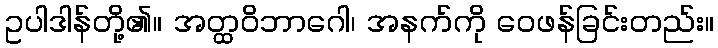
ဥပါဒါန်တို့၏။ အတ္ထဝိဘာဂေါ၊ အနက်ကို ဝေဖန်ခြင်းတည်း။